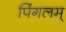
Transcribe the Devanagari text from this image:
पिंगलम्